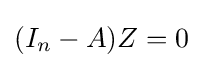
(I_{n}-A)Z=0